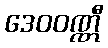
ဒေဝဝဏ္ဏီ